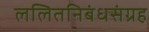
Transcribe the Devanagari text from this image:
ललितनिबंधसंग्रह